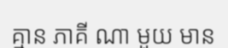
គ្មាន ភាគី ណា មួយ មាន